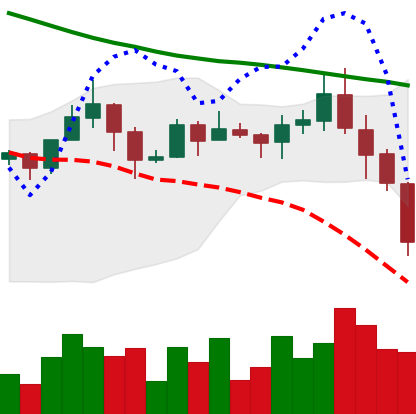
Ticker: ADA-USD
Chart end date: 2019-11-21
Forward return: -3.679%
Label: down_3_5